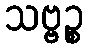
သဗ္ဗဉ္စ